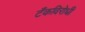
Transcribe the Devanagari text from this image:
टँकविरोधी